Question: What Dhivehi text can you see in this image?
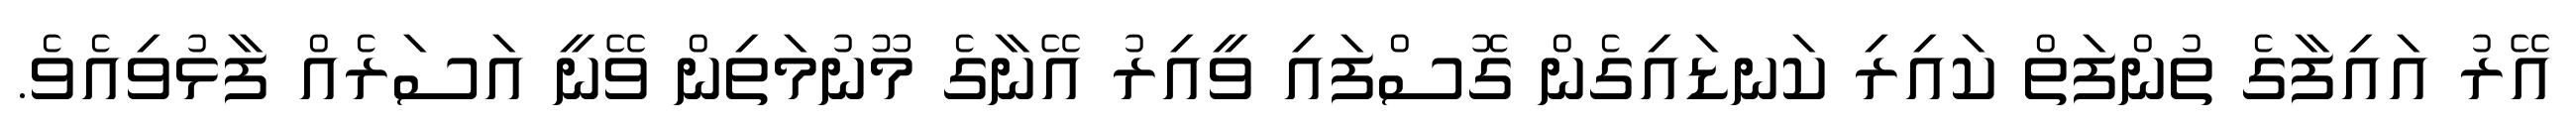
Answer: އޭރު އައިފާގެ ތުންފަތް ކައިރި ކަނޑައިގެން ގޮސްފައި ވީއިރު އޭނާގެ މޫނުމަތިން ވޭނީ އަސަރެއް ފާޅުވިއެވެ.